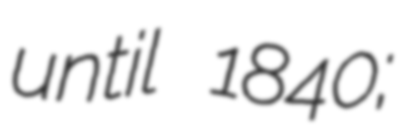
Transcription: until 1840;